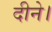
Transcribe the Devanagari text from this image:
दीने।